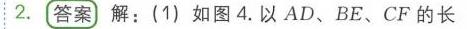
2. 答案 解：(1) 如图4. 以 \(AD、BE、CF\) 的长